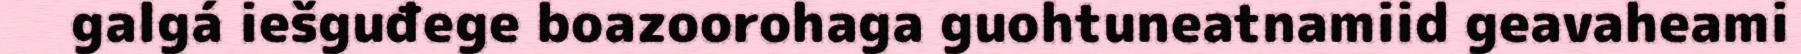
galgá iešguđege boazoorohaga guohtuneatnamiid geavaheami